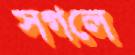
সগলে